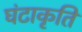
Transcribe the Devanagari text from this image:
घंटाकृति